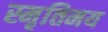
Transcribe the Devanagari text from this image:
स्मृतिमय